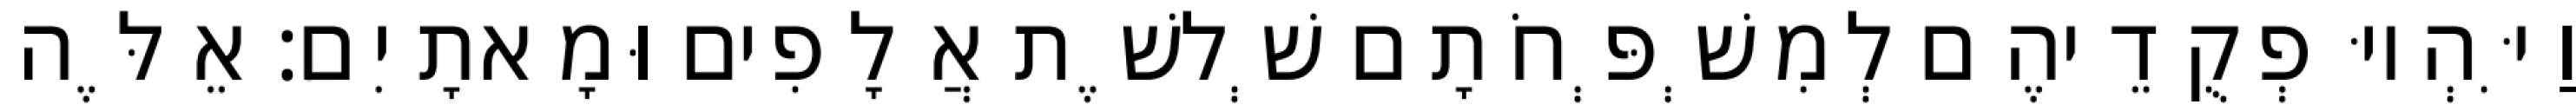
וַיִּהְיוּ פְקֻדֵיהֶם לְמִשְׁפְּחֹתָם שְׁלשֶׁת אֲלָפִים וּמָאתָיִם׃ אֵלֶּה